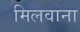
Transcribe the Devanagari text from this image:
मिलवाना